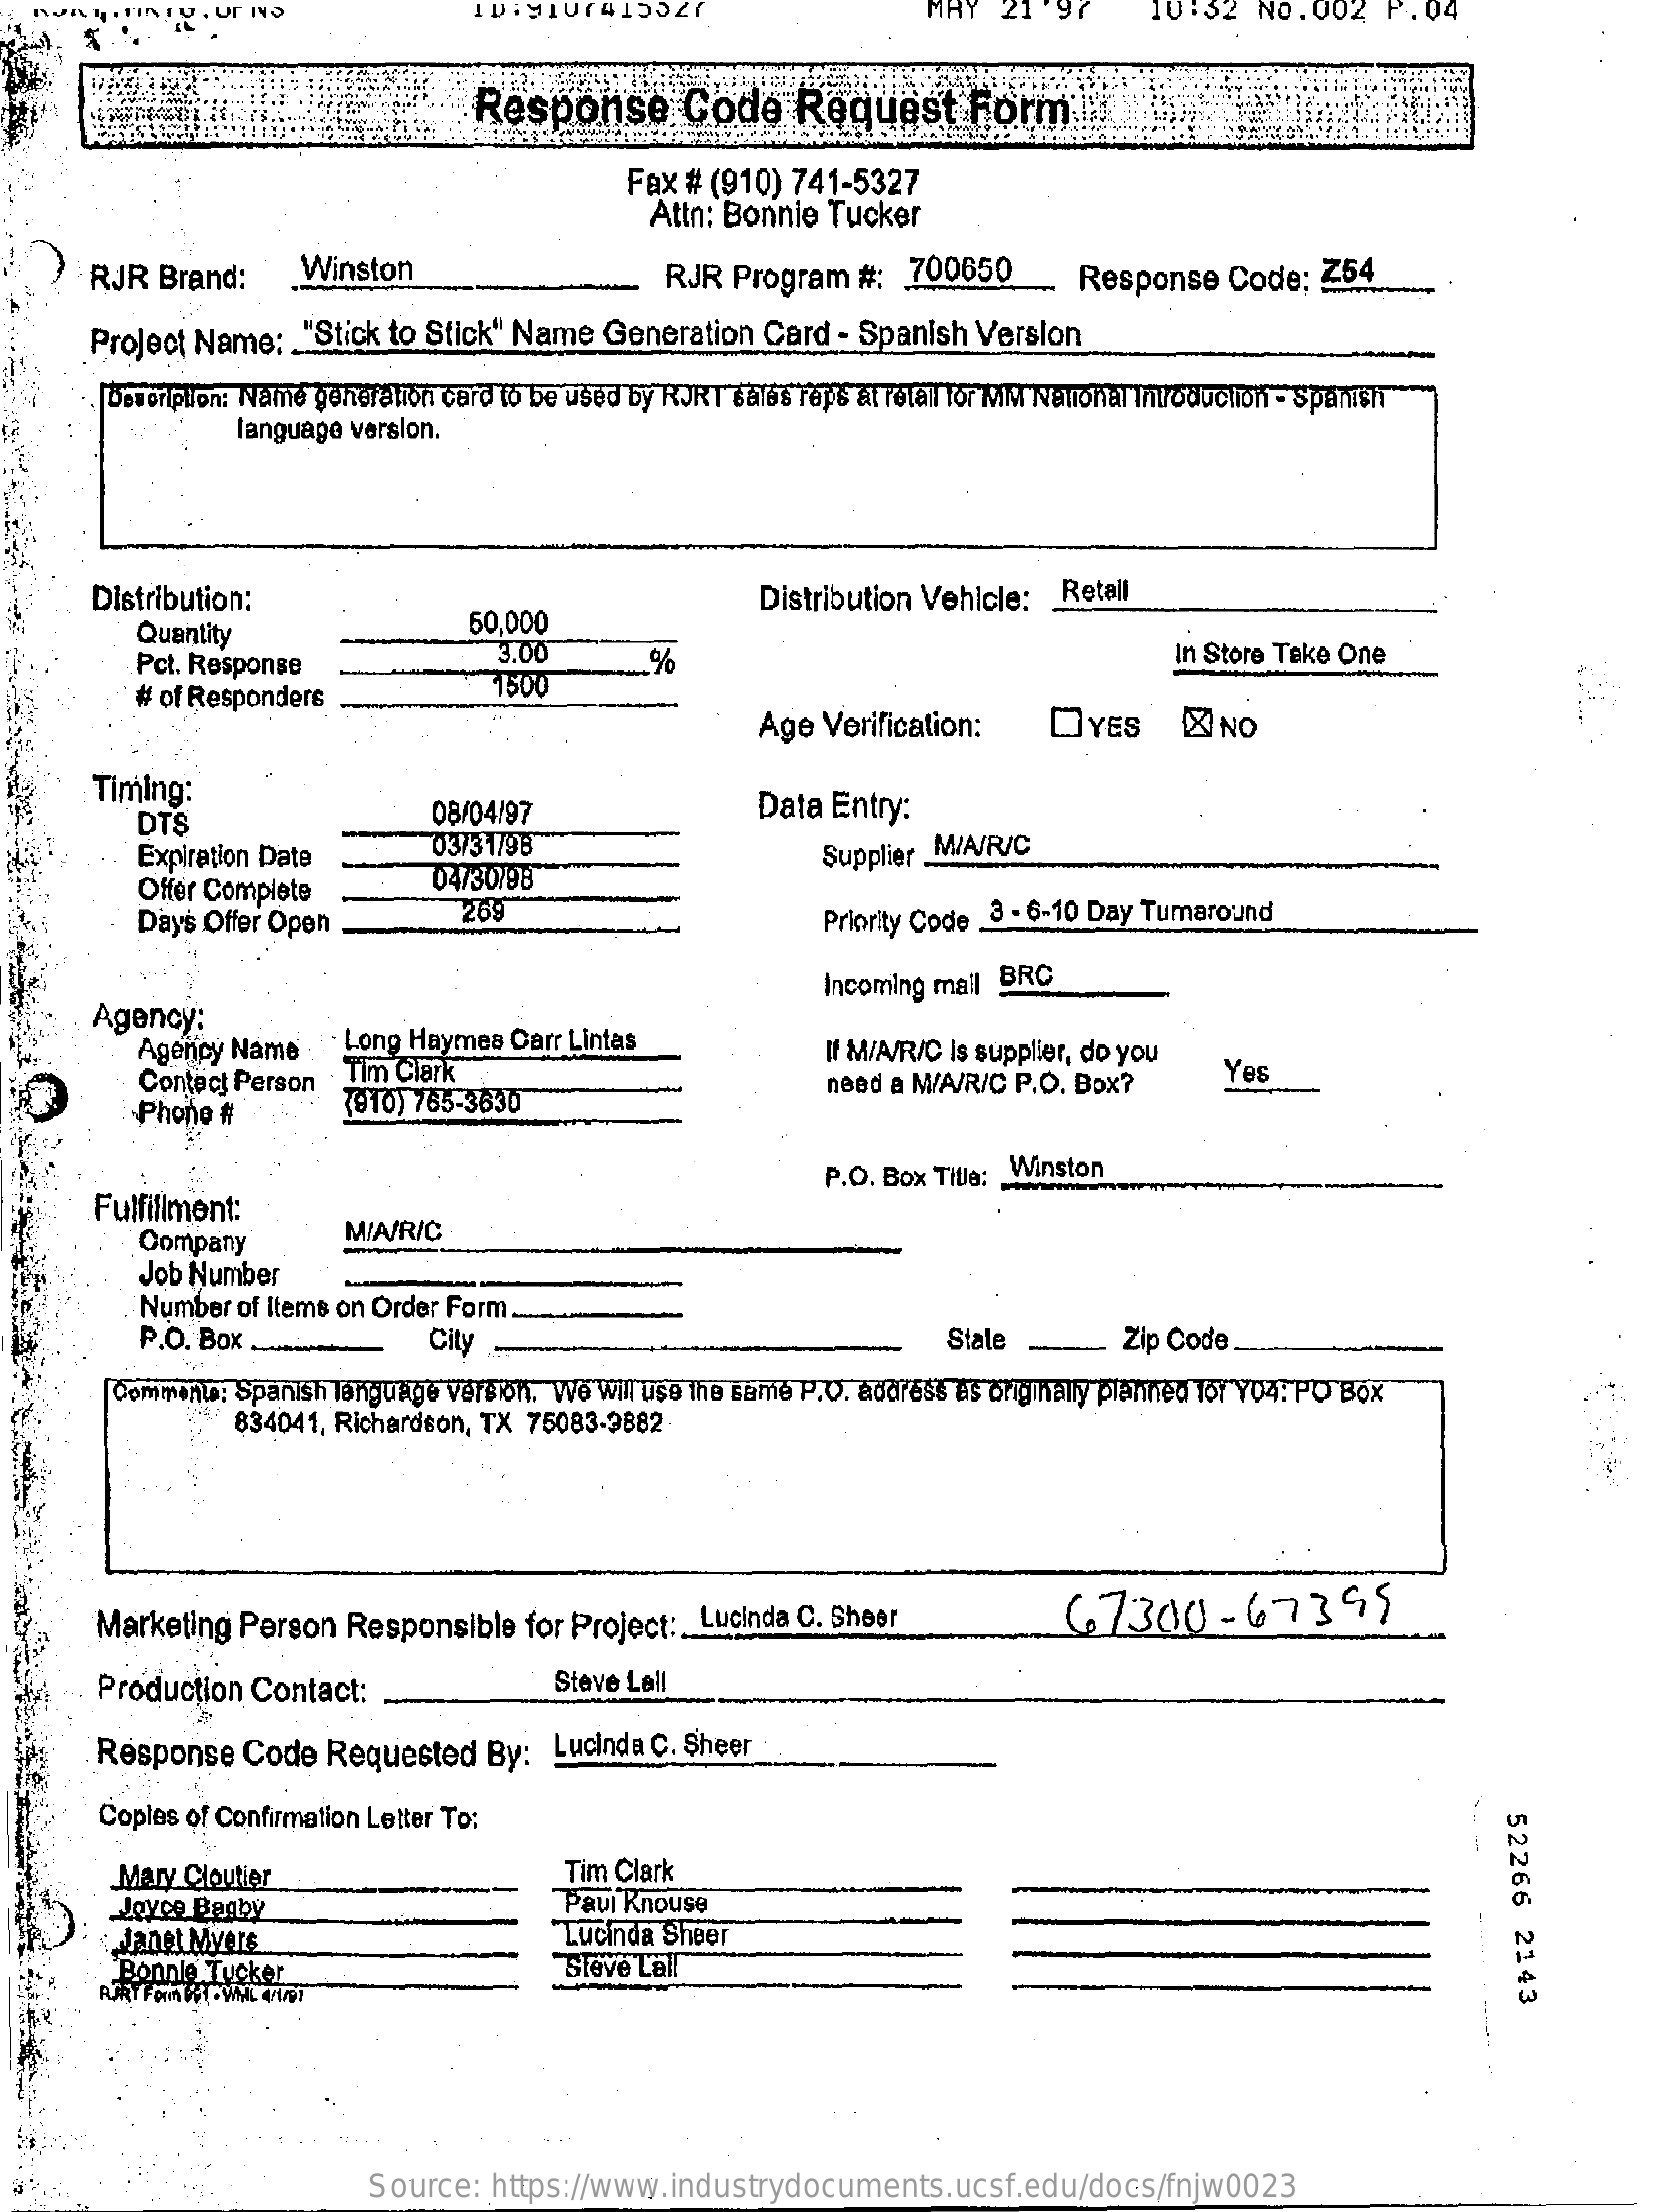
NO . 00% P. 04
     Response    Code    Request    Form
     Fax # (910) 741-5327
     Attn: Bonnie Tucker
     RJR  Brand:    Winston    RJR  Program  #:  700650    Response   Code;  Z54
     Project Name:  "Stick to Stick" Name Generation  Card  - Spanish Version
     Description: Name generation card to be used by RJRT sales reps at retall for MM National Introduction - Spanish
     language version.
     Distribution:
     Quantity    60,000
     Distribution Vehicle: Retail
     Pct. Response
     3.00    %    In Store Take One
     # of Responders    1500
     Age Verification:    DYES    NO
     Timing:
     DTS    08/04/97    Data Entry:
     Expiration Date    0373179B    Supplier MIA/R/C
     Offer Complete    04730798
     Days Offer Open.    269    Priority Code_3 - 6-10 Day Tumaround
     Agency:
     Incoming mall BRC
     Agency Name   Long Haymes  Carr Lintas
     Contact Person Tim Clark
     If M/A/R/C Is supplier, do you
     need a M/A/R/C P.O. Box?
     Yes
     Phone #    (910) 765-3630
     Fulfillment:
     P.O. Box Title: Winston
     Company    MIA/R/C
     Job Number
     Number of Items on Order Form.
     P.O. Box.    City    Stale    Zip Code
     Comment: Spanish language version. We will use the same P.O. address as originally planned Tof Y04. PO Box
     834041, Richardson, TX 75083-3882
     Marketing Person  Responsible   for Project: __ Lucinda C. Sheer    6.7300-67395
     Production Contact:    Steve Lall
     Response  Code  Requested   By:  Lucinda C. Sheer
     Coples of Confirmation Letter To:
     52266
     2143
     Mary Cloutier    Tim Clark
     Joyce Bagby    Paul Rnouse
     Janet Myers    Lucinda Sheer
     Bonnie Tucker    Steve Lall
     Source:  https://www.industrydocuments.ucsf.edu/docs/fnjw0023